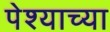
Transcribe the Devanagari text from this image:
पेश्याच्या